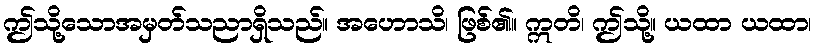
ဤသို့သောအမှတ်သညာရှိသည်။ အဟောသိ၊ ဖြစ်၏။ ဣတိ၊ ဤသို့။ ယထာ ယထာ၊